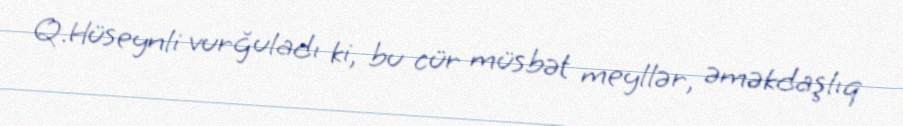
Q.Hüseynli vurğuladı ki, bu cür müsbət meyllər, əməkdaşlıq